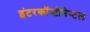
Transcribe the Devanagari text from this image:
इंटरकॉन्टीनेन्टल